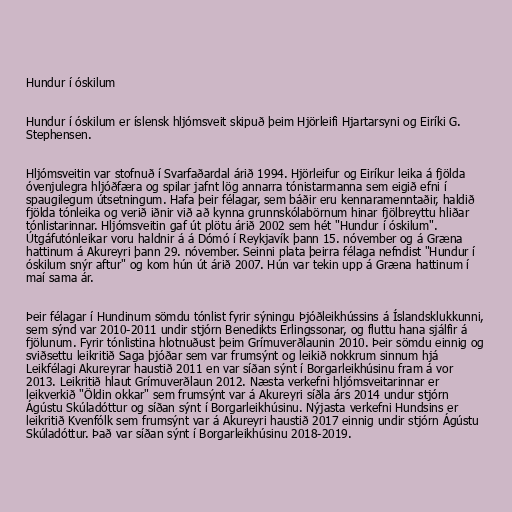
Hundur í óskilum

Hundur í óskilum er íslensk hljómsveit skipuð þeim Hjörleifi Hjartarsyni og Eiríki G.
Stephensen.

Hljómsveitin var stofnuð í Svarfaðardal árið 1994. Hjörleifur og Eiríkur leika á fjölda
óvenjulegra hljóðfæra og spilar jafnt lög annarra tónistarmanna sem eigið efni í
spaugilegum útsetningum. Hafa þeir félagar, sem báðir eru kennaramenntaðir, haldið
fjölda tónleika og verið iðnir við að kynna grunnskólabörnum hinar fjölbreyttu hliðar
tónlistarinnar. Hljómsveitin gaf út plötu árið 2002 sem hét "Hundur í óskilum".
Útgáfutónleikar voru haldnir á á Dómó í Reykjavík þann 15. nóvember og á Græna
hattinum á Akureyri þann 29. nóvember. Seinni plata þeirra félaga nefndist "Hundur í
óskilum snýr aftur" og kom hún út árið 2007. Hún var tekin upp á Græna hattinum í
maí sama ár.

Þeir félagar í Hundinum sömdu tónlist fyrir sýningu Þjóðleikhússins á Íslandsklukkunni,
sem sýnd var 2010-2011 undir stjórn Benedikts Erlingssonar, og fluttu hana sjálfir á
fjölunum. Fyrir tónlistina hlotnuðust þeim Grímuverðlaunin 2010. Þeir sömdu einnig og
sviðsettu leikritið Saga þjóðar sem var frumsýnt og leikið nokkrum sinnum hjá
Leikfélagi Akureyrar haustið 2011 en var síðan sýnt í Borgarleikhúsinu fram á vor
2013. Leikritið hlaut Grímuverðlaun 2012. Næsta verkefni hljómsveitarinnar er
leikverkið "Öldin okkar" sem frumsýnt var á Akureyri síðla árs 2014 undur stjórn
Ágústu Skúladóttur og síðan sýnt í Borgarleikhúsinu. Nýjasta verkefni Hundsins er
leikritið Kvenfólk sem frumsýnt var á Akureyri haustið 2017 einnig undir stjórn Ágústu
Skúladóttur. Það var síðan sýnt í Borgarleikhúsinu 2018-2019.